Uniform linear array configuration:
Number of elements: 4
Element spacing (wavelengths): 0.5
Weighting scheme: exponential
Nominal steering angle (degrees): -30
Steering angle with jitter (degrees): -30.061
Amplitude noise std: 0.05
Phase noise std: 0.05

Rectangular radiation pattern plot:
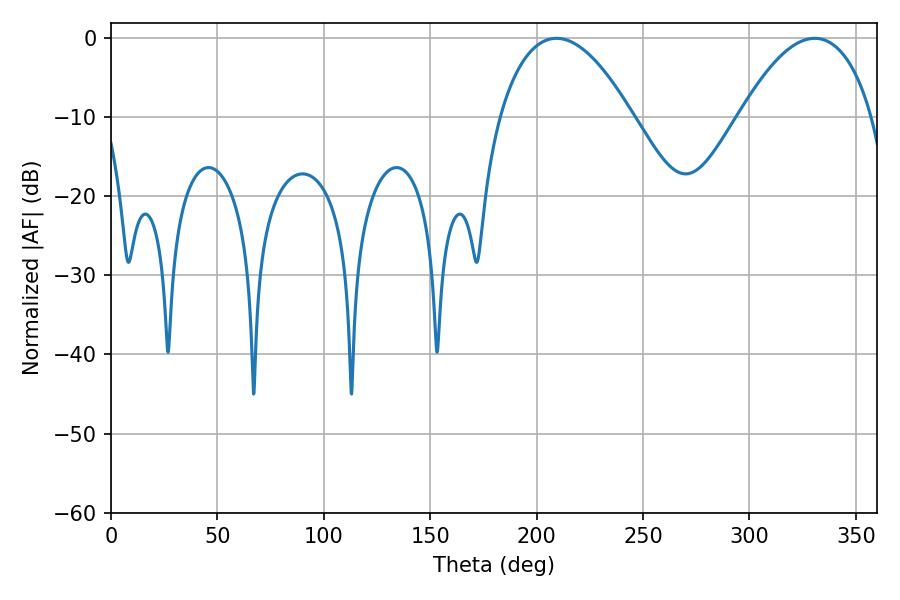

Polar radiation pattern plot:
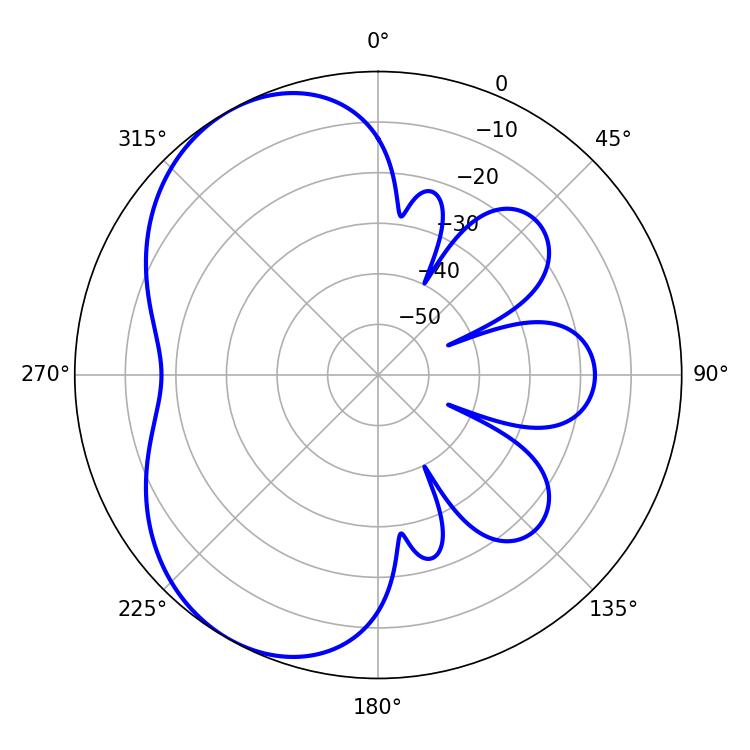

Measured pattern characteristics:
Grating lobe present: FALSE
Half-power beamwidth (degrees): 34.56
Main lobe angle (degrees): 209.34